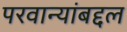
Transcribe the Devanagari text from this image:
परवान्यांबद्दल